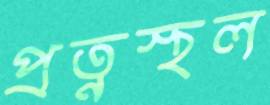
প্রত্নস্থল